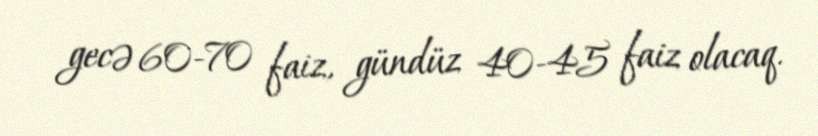
gecə 60-70 faiz, gündüz 40-45 faiz olacaq.